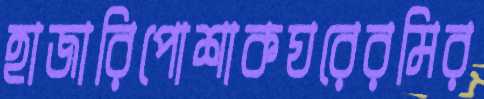
হাজারিপোশাকঘরেরমির